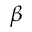
\beta